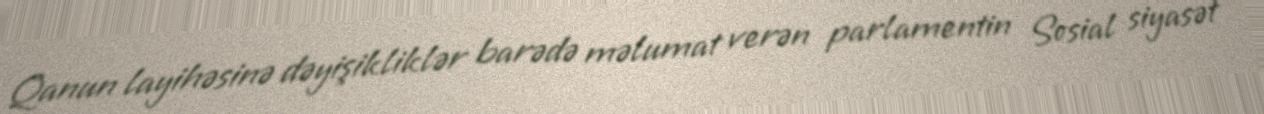
Qanun layihəsinə dəyişikliklər barədə məlumat verən parlamentin Sosial siyasət